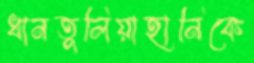
ধানতুলিয়াহানিকে